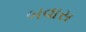
બવાસ